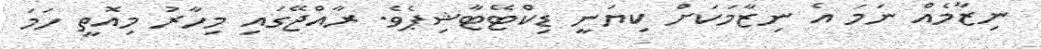
ނިޒާމެއް ނަމަ އެ ނިޒާމަކަށް ކިޔަނީ ޑިކްޓޭޓާޝިޕެވެ. ރާއްޖޭގައި މިހާރު މިއޮތީ ހަމަ